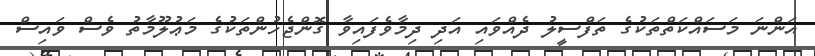
އަންނަ މަސައްކަތްތަކުގެ ތަފްސީލު ދެއްވައި އަދި ދިމާވެފައިވާ ގޮންޖެހުންތަކުގެ މަޢުލޫމާތު ވެސް ވައިސް